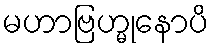
မဟာဗြဟ္မုနောပိ